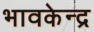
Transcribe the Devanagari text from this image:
भावकेन्द्र